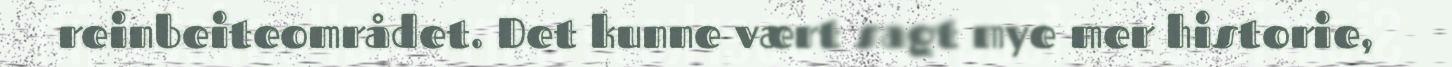
reinbeiteområdet. Det kunne vært sagt mye mer historie,